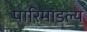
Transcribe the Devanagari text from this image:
पारिमांडल्य